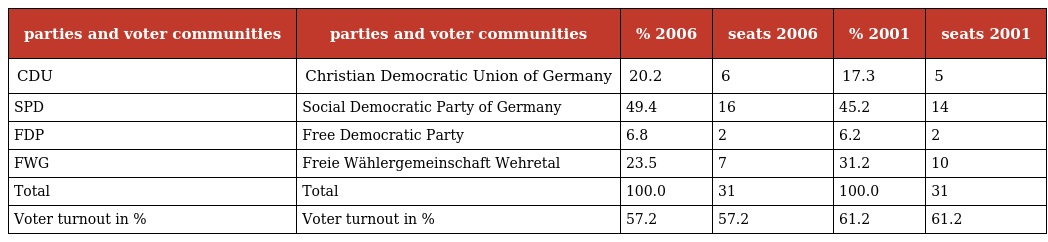
| parties and voter communities | parties and voter communities | % 2006 | seats 2006 | % 2001 | seats 2001 |
 | --- | --- | --- | --- | --- | --- |
 | CDU | Christian Democratic Union of Germany | 20.2 | 6 | 17.3 | 5 |
 | SPD | Social Democratic Party of Germany | 49.4 | 16 | 45.2 | 14 |
 | FDP | Free Democratic Party | 6.8 | 2 | 6.2 | 2 |
 | FWG | Freie Wählergemeinschaft Wehretal | 23.5 | 7 | 31.2 | 10 |
 | Total | Total | 100.0 | 31 | 100.0 | 31 |
 | Voter turnout in % | Voter turnout in % | 57.2 | 57.2 | 61.2 | 61.2 |